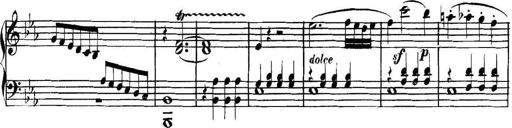
Title: Collected Piano Sonatas
Composer: Muzio Clementi